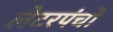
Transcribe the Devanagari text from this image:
लेटरपंचों